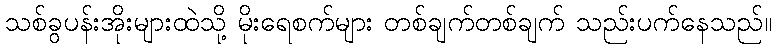
သစ်ခွပန်းအိုးများထဲသို့ မိုးရေစက်များ တစ်ချက်တစ်ချက် သည်းပက်နေသည်။